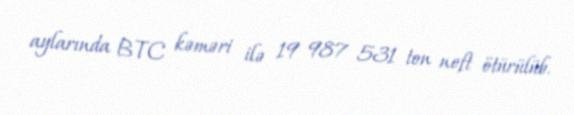
aylarında BTC kəməri ilə 19 987 531 ton neft ötürülüb.